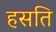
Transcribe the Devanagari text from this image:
हसति